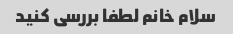
سلام خانم لطفا بررسی کنید